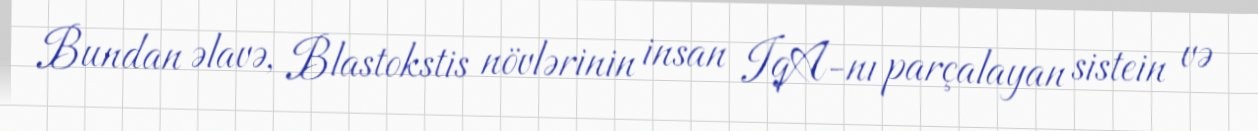
Bundan əlavə, Blastokstis növlərinin insan IqA-nı parçalayan sistein və